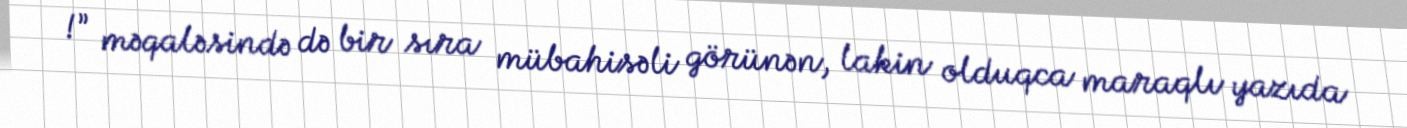
!” məqaləsində də bir sıra mübahisəli görünən, lakin olduqca maraqlı yazıda